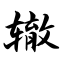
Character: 辙